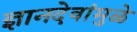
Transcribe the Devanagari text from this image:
ज्ञानदेवांमुळे